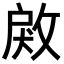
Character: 𢽲